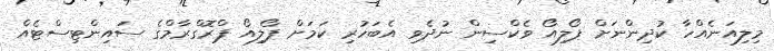
މިލިއަނެއްހާ ކުދިންނަށް ޕޯލިއޯ ވެކްސިން ނުދެވި އެބަހުރި ކަމަށް ޕޯލިއޯ ޕްރޮގްރާމްގެ ސައިންޓިސްޓެއް